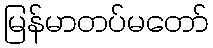
မြန်မာတပ်မတော်